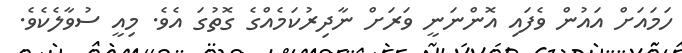
ހަމައަށް އައުން ވެފައި އޮންނަނީ ވަރަށް ނާދިރުކަމެއްގެ ގޮތުގަ އެވެ. މިއީ ސުވާލެކެވެ.